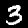
Digit: 3